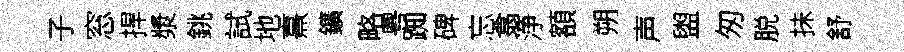
子窓捍漿銚試地熹鑛略粤踟碑忘翕浄額朔声盥匆脱抺舒